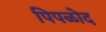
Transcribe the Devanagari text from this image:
पिपळोद